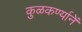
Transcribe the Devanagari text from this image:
कुळकर्ण्यानें